Leaving Certificate Examination, 1918, 1918
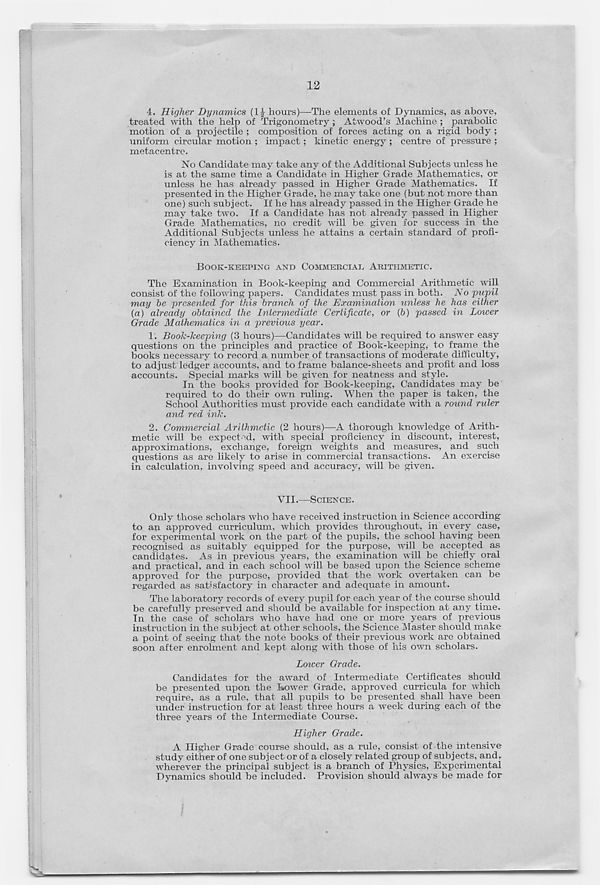
12
4. Higher Dynamics (1J hours)—The elements of Dynamics, as above,
treated with the help of Trigonometry ; Atwood’s Machine ; parabolic
motion of a projectile ; composition of forces acting on a rigid body ;
uniform circular motion ; impact; kinetic energy ; centre of pressure ;
metacentre.
No Candidate may take any of the Additional Subjects unless he
is at the same time a Candidate in Higher Grade Mathematics, or
unless he has already passed in Higher Grade Mathematics. If
presented in the Higher Grade, he may take one (but not more than
one) such subject. If he has already passed in the Higher Grade he
may take two. If a Candidate has not already passed in Higher
Grade Mathematics, no credit will be given for success in the
Additional Subjects unless he attains a certain standard of profi-
ciency in .Mathematics.
BOOK-KEEPING AND COMMERCIAL ARITHMETIC.
The Examination in Book-keeping and Commercial Arithmetic will
consist of the following papers. Candidates must pass in both. No pupil
may be presented for this branch of the Examination unless be has either
(a) already obtained the Intermediate Certificate, or {b) passed in Lower
Grade Mathematics in a previous year.
1. Book-keeping (3 hours)—Candidates will be required to answer easy
questions on the principles and practice of Book-keeping, to frame the
books necessary to record a number of transactions of moderate difficulty,
to adjust ledger accounts, and to frame balance-sheets and profit and loss
accounts. Special marks will be given for neatness and style.
In the books provided for Book-keeping, Candidates may be
required to do their own ruling. When the paper is taken, the
School Authorities must provide each candidate with a round ruler
and red ink.
2. Commercial Arithmetic (2 hours)—A thorough knowledge of Arith-
metic will be expected, with special proficiency in discount, interest,
approximations, exchange, foreign weights and measures, and such
questions as are likely to arise in commercial transactions. An exercise
in calculation, involving speed and accuracy, will be given.
VII.—SCIENCE.
Only those scholars who have received instruction in Science according
to an approved curriculum, which provides throughout, in every case,
for experimental work on the part of the pupils, the school having been
recognised as suitably equipped for the purpose, will be accepted as
candidates. As in previous years, the examination will be chiefly oral
and practical, and in each school will be based upon the Science scheme
approved for the purpose, provided that the work overtaken can be
regarded as satisfactory in character and adequate in amount.
The laboratory records of every pupil for each year of the course should
be carefully preserved and should" be available for inspection at any time.
In the case of scholars who have had one or more years of previous
instruction in the subject at other schools, the Science Master should make
a point of seeing that the note books of their previous work are obtained
soon after enrolment and kept along with those of his own scholars.
Lower Grade.
Candidates for the award of Intermediate Certificates should
be presented upon the Bower Grade, approved curricula for which
require, as a rule, that all pupils to be presented shall have been
under instruction for at least three hours a week during each of the
three years of the Intermediate Course.
Higher Grade.
A Higher Grade course should, as a rule, consist of the intensive
study either of one subject or of a closely related group of subjects, and,
wherever the principal subject is a branch of Physics, Experimental
Dynamics should he included. Provision should always be made for